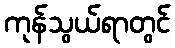
ကုန်သွယ်ရာတွင်